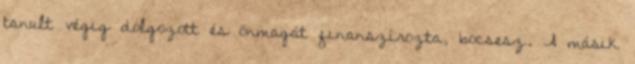
tanult végig dolgozott és önmagát finanszírozta, bocsesz. A másik